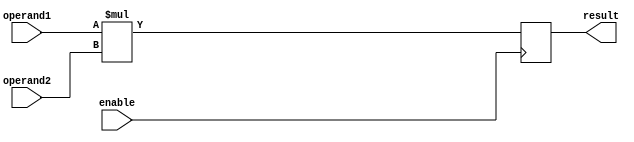
module multiplier (
    input wire [3:0] operand1,
    input wire [3:0] operand2,
    input wire enable,
    output reg [7:0] result
);

always @ (posedge enable)
begin
    result <= operand1 * operand2;
end

endmodule